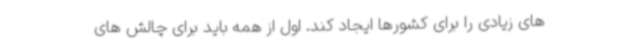
های زیادی را برای کشورها ایجاد کند. اول از همه باید برای چالش های